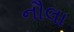
નૌલા